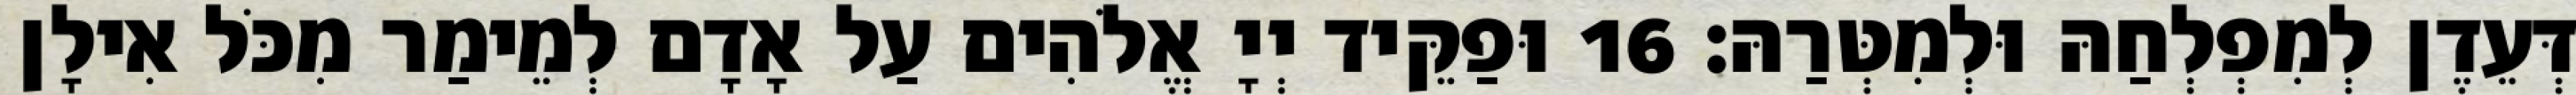
דְּעֵדֶן לְמִפְלְחַהּ וּלְמִטְּרַהּ׃ 16 וּפַקֵּיד יְיָ אֱלֹהִים עַל אָדָם לְמֵימַר מִכֹּל אִילָן